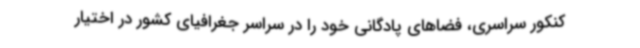
کنکور سراسری، فضاهای پادگانی خود را در سراسر جغرافیای کشور در اختیار